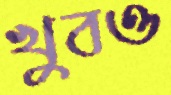
খুবও